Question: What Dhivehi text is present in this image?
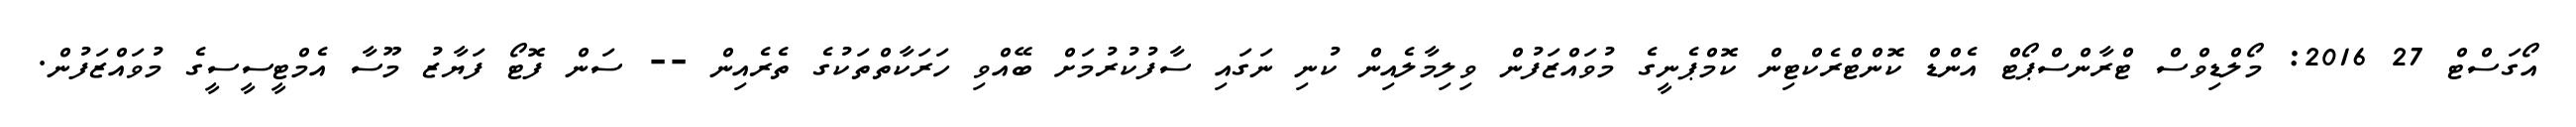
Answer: އޯގަސްޓް 27 2016: މޯލްޑިވްސް ޓްރާންސްޕޯޓް އެންޑް ކޮންޓްރެކްޓިން ކޮމްޕެނީގެ މުވައްޒަފުން ވިލިމާލެއިން ކުނި ނަގައި ސާފުކުރުމަށް ބޭއްވި ހަރަކާތްތަކުގެ ތެރެއިން -- ސަން ފޮޓޯ ފަޔާޒު މޫސާ އެމްޓީސީސީގެ މުވައްޒަފުން.